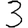
Digit: 3